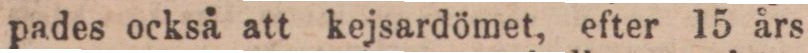
pades också att kejsardömet, efter 15 års